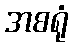
အစရုံ